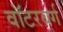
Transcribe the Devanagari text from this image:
वॉटरबर्ग